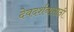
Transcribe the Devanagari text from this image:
देवदर्शनासाठी